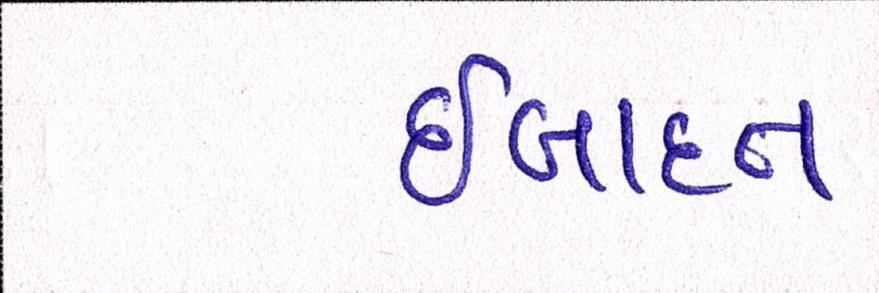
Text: ઈબાદત